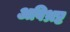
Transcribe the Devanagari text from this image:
अविभ्रष्ट